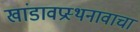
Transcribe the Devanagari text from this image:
खांडावप्रस्थनावाचा